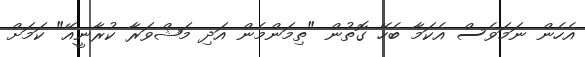
އެހެން ނަމަވެސް އެކަމާ ބެހޭ ގޮތުން "ތިމަންމެން އަދި މަޝްވަރާ ކުރާނީއޭ" ކަމަށް